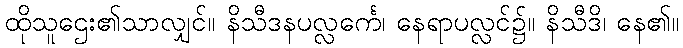
ထိုသူဌေး၏သာလျှင်။ နိသီဒနပလ္လင်္ကေ၊ နေရာပလ္လင်၌။ နိသီဒိ၊ နေ၏။